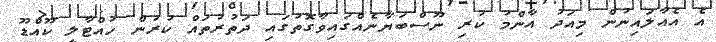
އެ އެއާލައިނުން މިއަދު އާންމު ކުރި ނޫސްބަޔާނެއްގައިވާގޮތުގައި ދަތުރުތައް ކުރުން ހުއްޓާލީ ކޫއްޑޫ